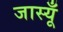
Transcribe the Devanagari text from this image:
जास्यूँ